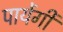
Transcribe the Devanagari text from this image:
पायेंगी